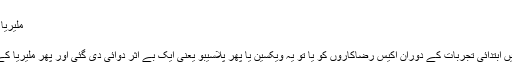
‘‘
ملیریا کے خاتمے کے لیے ایک شخص ہے پرعزم
پیرما لنک http://p.dw.com/p/2djXu
جرمن شہر ٹیوبِنگن کے یونیورسٹی کلینک میں ابتدائی تجربات کے دوران اکیس رضاکاروں کو یا تو یہ ویکسین یا پھر پلاسیبو یعنی ایک بے اثر دوائی دی گئی اور پھر ملیریا کے جراثیم ان کے جسموں میں داخل کیے گئے۔